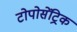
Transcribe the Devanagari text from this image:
टोपोसेंट्रिक